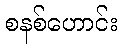
စနစ်ဟောင်း